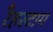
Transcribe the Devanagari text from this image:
रैहस्टाग